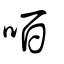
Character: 咟